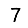
Digit: 7